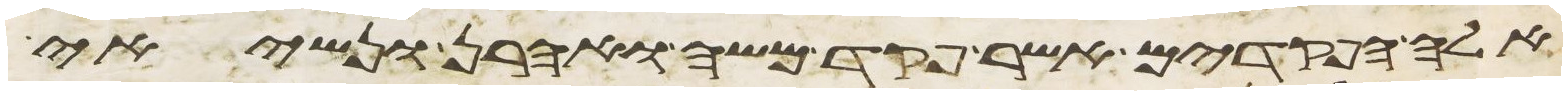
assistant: אלה הפקדים אשר פקד משה ואהרן ונשיאי